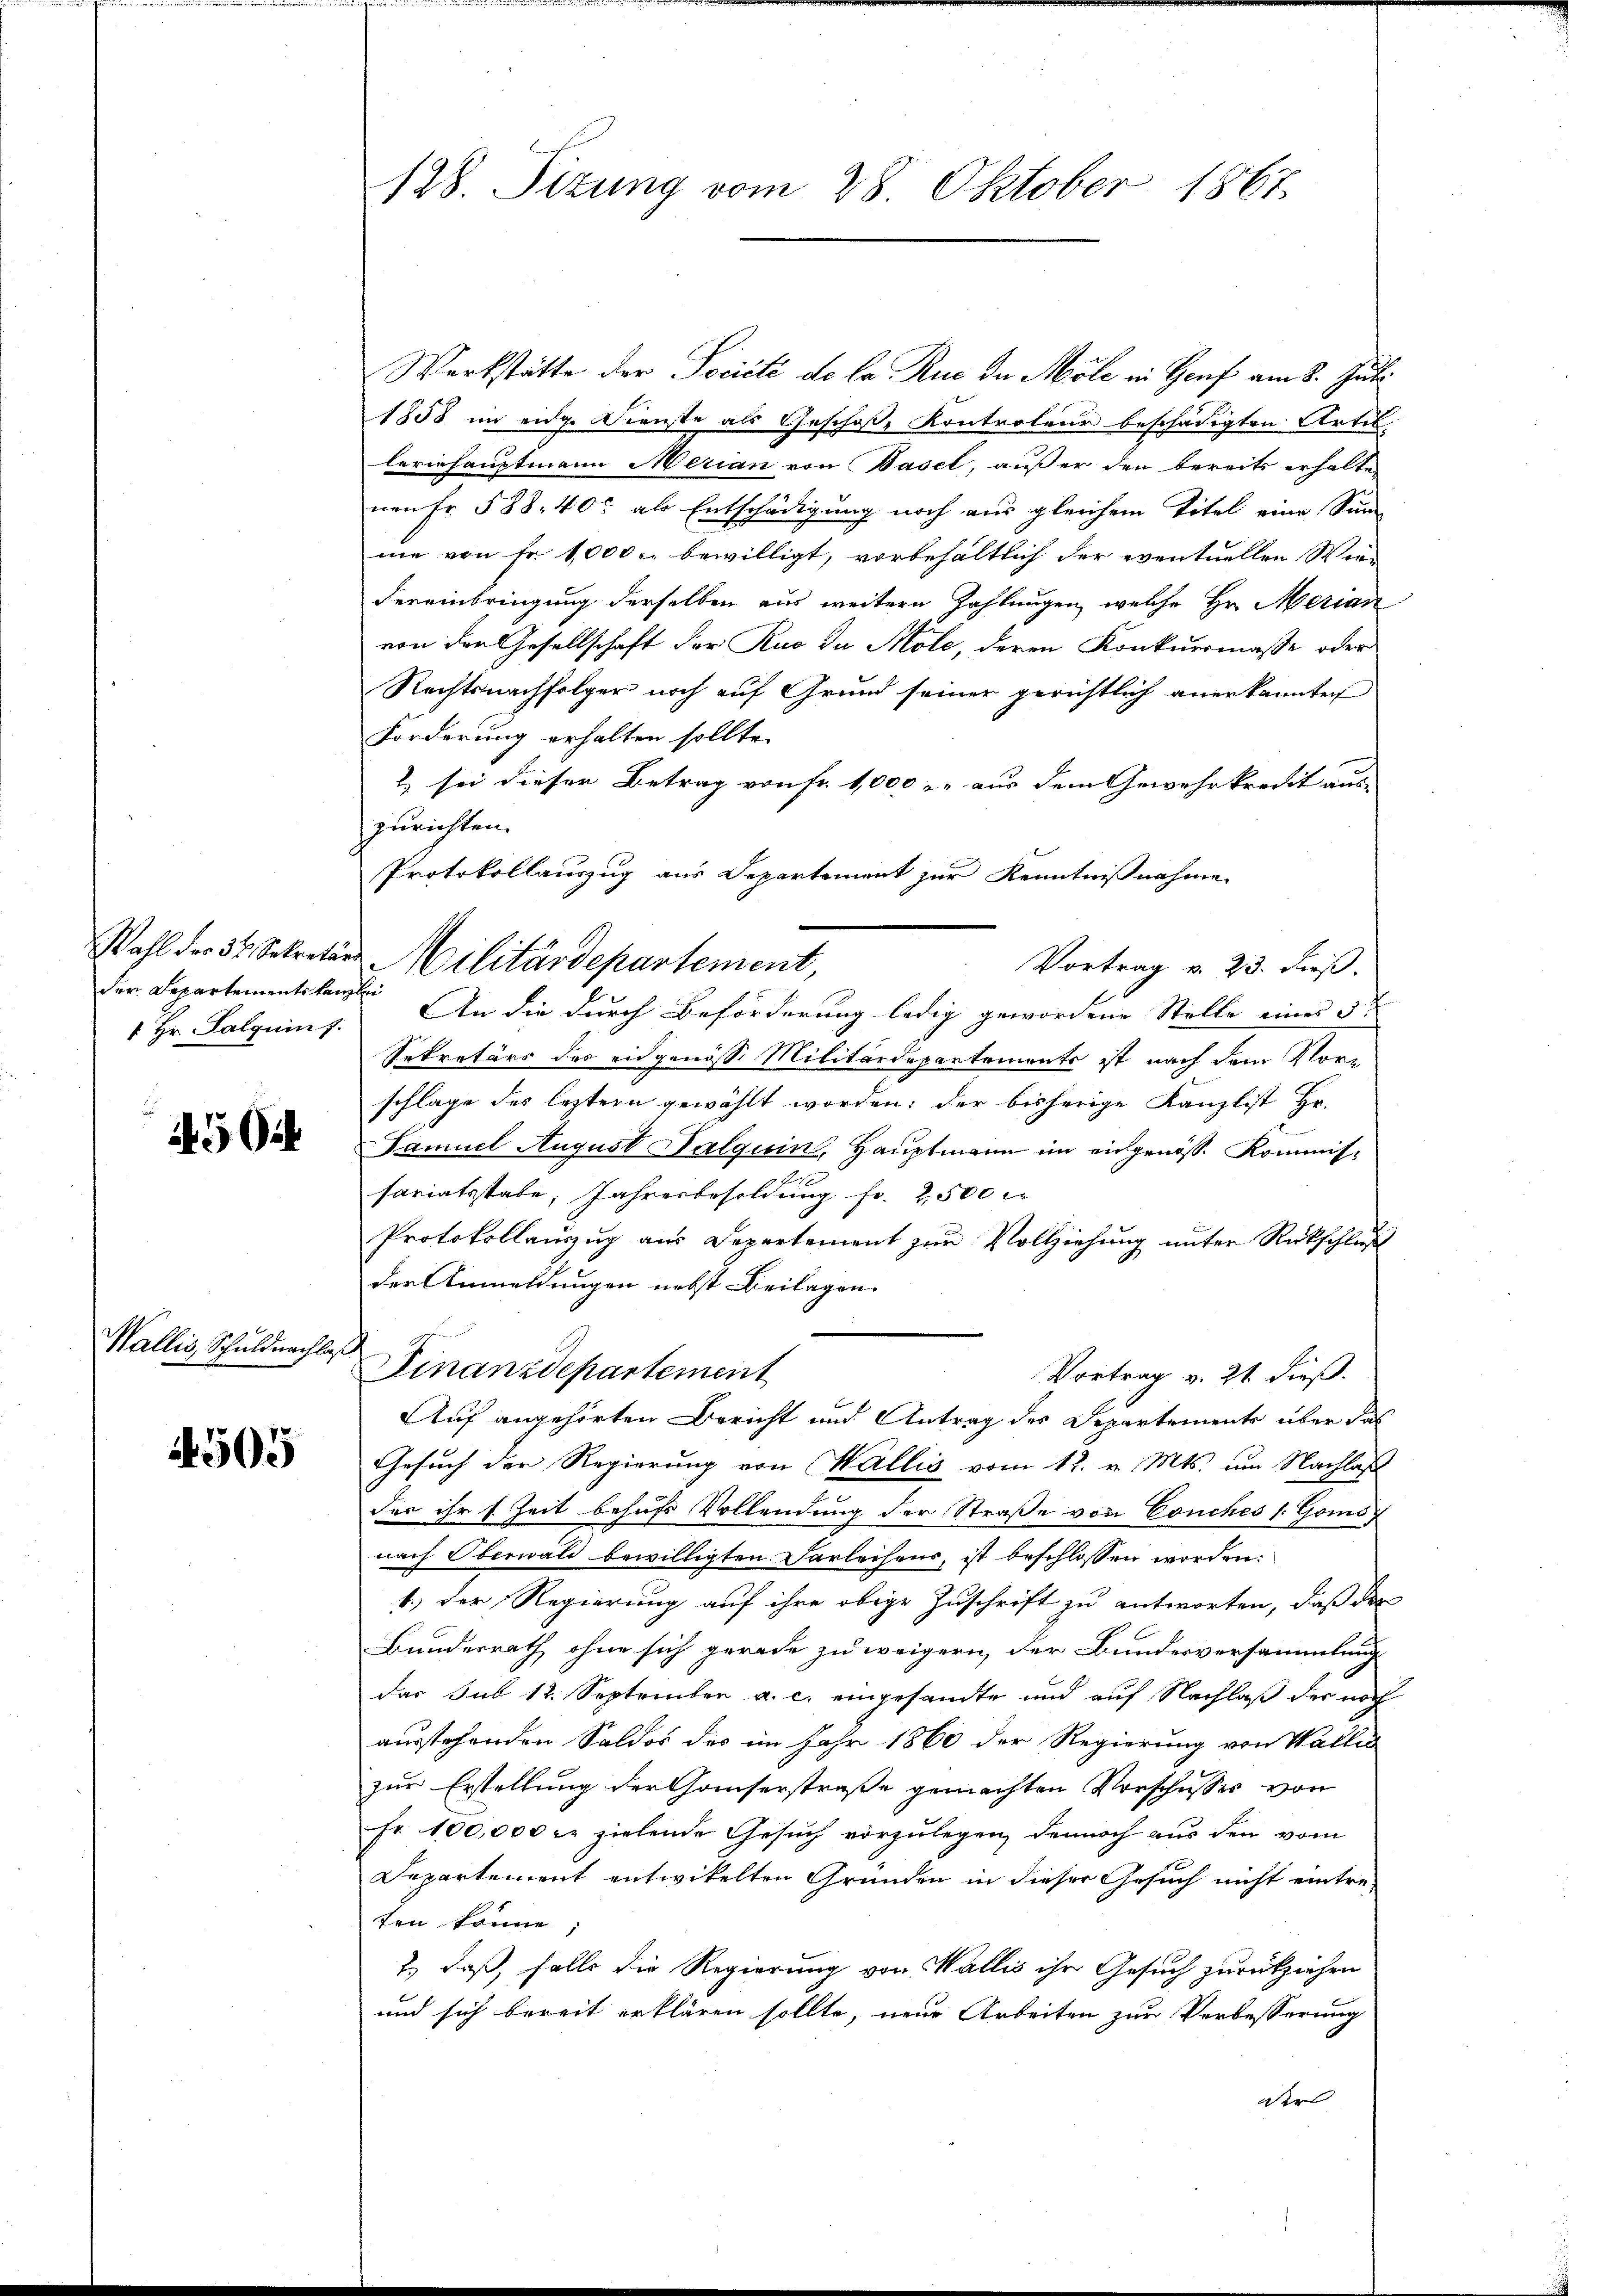
der Departementstanzlei
 Hr. Palquin 7.

4504

Wallis Schuldnachlaß

1505

128. Sizung vom 28. Oktober 1867.

Wahl der 32. Sekreter Militärdepartement,

Werkstätte der Société de la Rue der Mole in Genf am 8. Juli
1858 in eidg. Dienste als Geschoße Kontrateur beschädigten Artil
leriehauptmann Merian von Basel, außer den bereits erhalten
nen Fr. 588. 40. als Entschädigung noch aus gleichem Titel eine Sanme von Fr. 1000 bewilligt, vorbehältlich der eventuellen Wie-
dereinbringung derselben aus weitern Zahlungen, welche Hr. Merian
von der Gesellschaft der Ruo zu Mole, deren Konkursmaße oder
Rechtsnachfolger noch auf Grund seiner gerichtlich anerkannten
Forderung erhalten sollte.
& sei dieser Betrag von Fr. 1000 r. aus dem Gewehrkredit aus-
zurichten.
Protokollauszug aus Departement zur Kenntnißnahme
Vortrag v. 23. dieß.
An die durch Beförderung ledig gewordene Stelle eines 3te
Sekretärs des engenosse Militärdepartements ist nach dem Vor-
schlage des leztern gewählt worden; der bisherige Kanzlist Hr.
Famuel August Nalquin, Hauptmann im eingenös. Kommis¬
Ao 1
sariatsstabe, Jahresbesoldung fr. 2500 Fr
Protokollauszug aus Departement zum Vollziehung unter Rückschluß
der Anmeldungen nebst Beilagen.
Finanzdepartement
Vortrag v. 21. dieß.
Auf angehörten Bericht und Antrag des Departements über das
Gesuch der Regierung von Wallis vom 12. v. Mts. um Nachlaß
der ihr s. Zeit behufs Vollendung der Straße von Conches s. Goni
nach Oberwald bewilligten Darleiheur, ist beschlossen worden:
1.) Der Regierung auf ihre obige Zuschrift zu antworten, daß der
Bundesrath ohne sich gerade zu weigern der Bundesversammlung
Das sub 12. September a. c. eingesandte und auf Nachlaß der noch
ausstehenden Saldos des im Jahr 1860 der Regierung von Wallis
zur Erstellung der Gauserstraße gemachten Vorschusses von
Fr. 100,000 r. zielende Gesuch vorzulegen, dennoch aus den vom
Departement entwickelten Gründen in dieser Gesuch nicht eintre-
fen könne,
2., daß, falls die Regierung von Wallis ihr Gesuch zurückziehen
und sich bereit erklären sollte, neue Arbeiten zur Verbesserung
der |